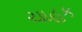
ચાહક